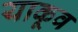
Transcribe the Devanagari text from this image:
याकूव